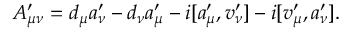
{ \cal A } _ { \mu \nu } ^ { \prime } = d _ { \mu } a _ { \nu } ^ { \prime } - d _ { \nu } a _ { \mu } ^ { \prime } - i [ a _ { \mu } ^ { \prime } , v _ { \nu } ^ { \prime } ] - i [ v _ { \mu } ^ { \prime } , a _ { \nu } ^ { \prime } ] .